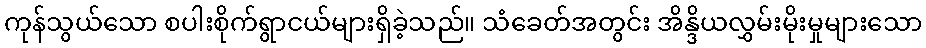
ကုန်သွယ်သော စပါးစိုက်ရွာငယ်များရှိခဲ့သည်။ သံခေတ်အတွင်း အိန္ဒိယလွှမ်းမိုးမှုများသော